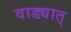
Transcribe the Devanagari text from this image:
वाड्यात्